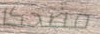
مضحكا